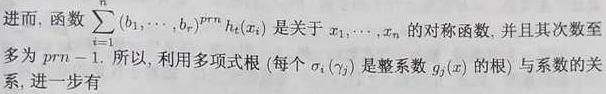
进而, 函数$\sum_{i = 1}^{n}(b_{1}, \cdots, b_{n})^{prn}h_{\tau}(x_{i})$是关于$x_{1}, \cdots, x_{n}$的对称函数, 并且其次数至多为$prn - 1$. 所以, 利用多项式根 (每个$\sigma_{i}(\gamma_{j})$是整系数$g_{j}(x)$的根) 与系数的关系, 进一步有